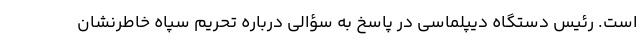
است. رئیس دستگاه دیپلماسی در پاسخ به سؤالی درباره تحریم سپاه خاطرنشان